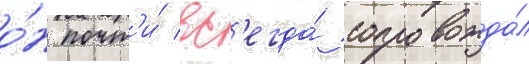
о́н почт'и́ вс'егда́ сопровожда́л